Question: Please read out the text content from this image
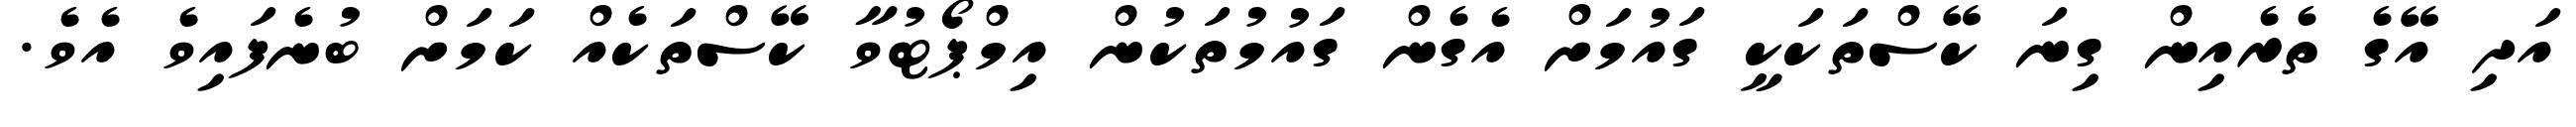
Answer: އަދި އޭގެ ތެރެއިން ގިނަ ކޭސްތަކަކީ ގައުމަށް އެގެން ގައުމުތަކުން އިމްޕޯޓުވާ ކޭސްތަކެއް ކަމަށް ބުނެފައިވެ އެވެ.